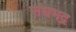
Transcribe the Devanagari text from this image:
संघभद्र